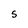
Character: S